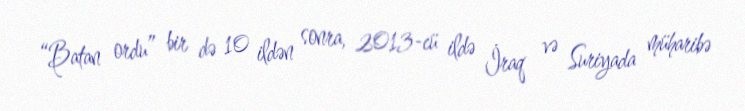
“Batan ordu” bir də 10 ildən sonra, 2013-cü ildə İraq və Suriyada müharibə